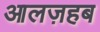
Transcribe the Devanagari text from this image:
आलज़हब